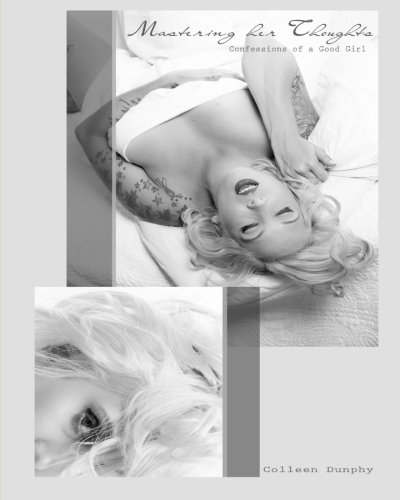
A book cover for Mastering Her Thoughts: Confessions of a Good Girl; Colleen Dunphy; Romance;